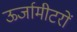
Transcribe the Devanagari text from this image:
ऊर्जामीटरों